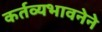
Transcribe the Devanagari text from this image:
कर्तव्यभावनेने